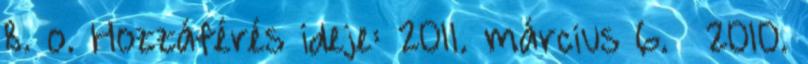
8. o. Hozzáférés ideje: 2011. március 6. ↑ 2010.